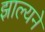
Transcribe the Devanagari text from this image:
झाल्यने